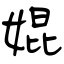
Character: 婫